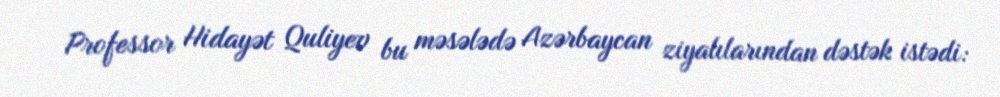
Professor Hidayət Quliyev bu məsələdə Azərbaycan ziyalılarından dəstək istədi: